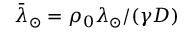
\bar { \lambda } _ { \odot } = \rho _ { 0 } \lambda _ { \odot } / ( \gamma D )